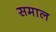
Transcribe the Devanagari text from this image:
समाल